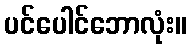
ပင်ပေါင်ဘောလုံး။